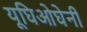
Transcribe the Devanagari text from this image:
यूघिओघेनी